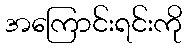
အကြောင်းရင်းကို